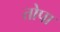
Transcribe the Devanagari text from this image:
तोपा